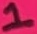
Text: 1